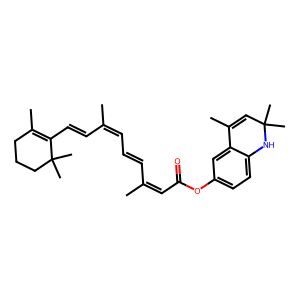
SMILES: CC(C=CC1=C(C)CCCC1(C)C)=CC=CC(C)=CC(=O)Oc1ccc2c(c1)C(C)=CC(C)(C)N2
Inhibits HIV replication: No